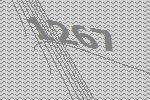
1267